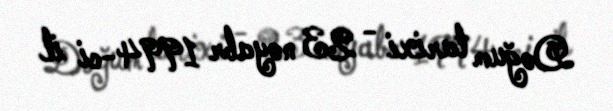
Doğum tarixi - 23 noyabr 1994-ci il